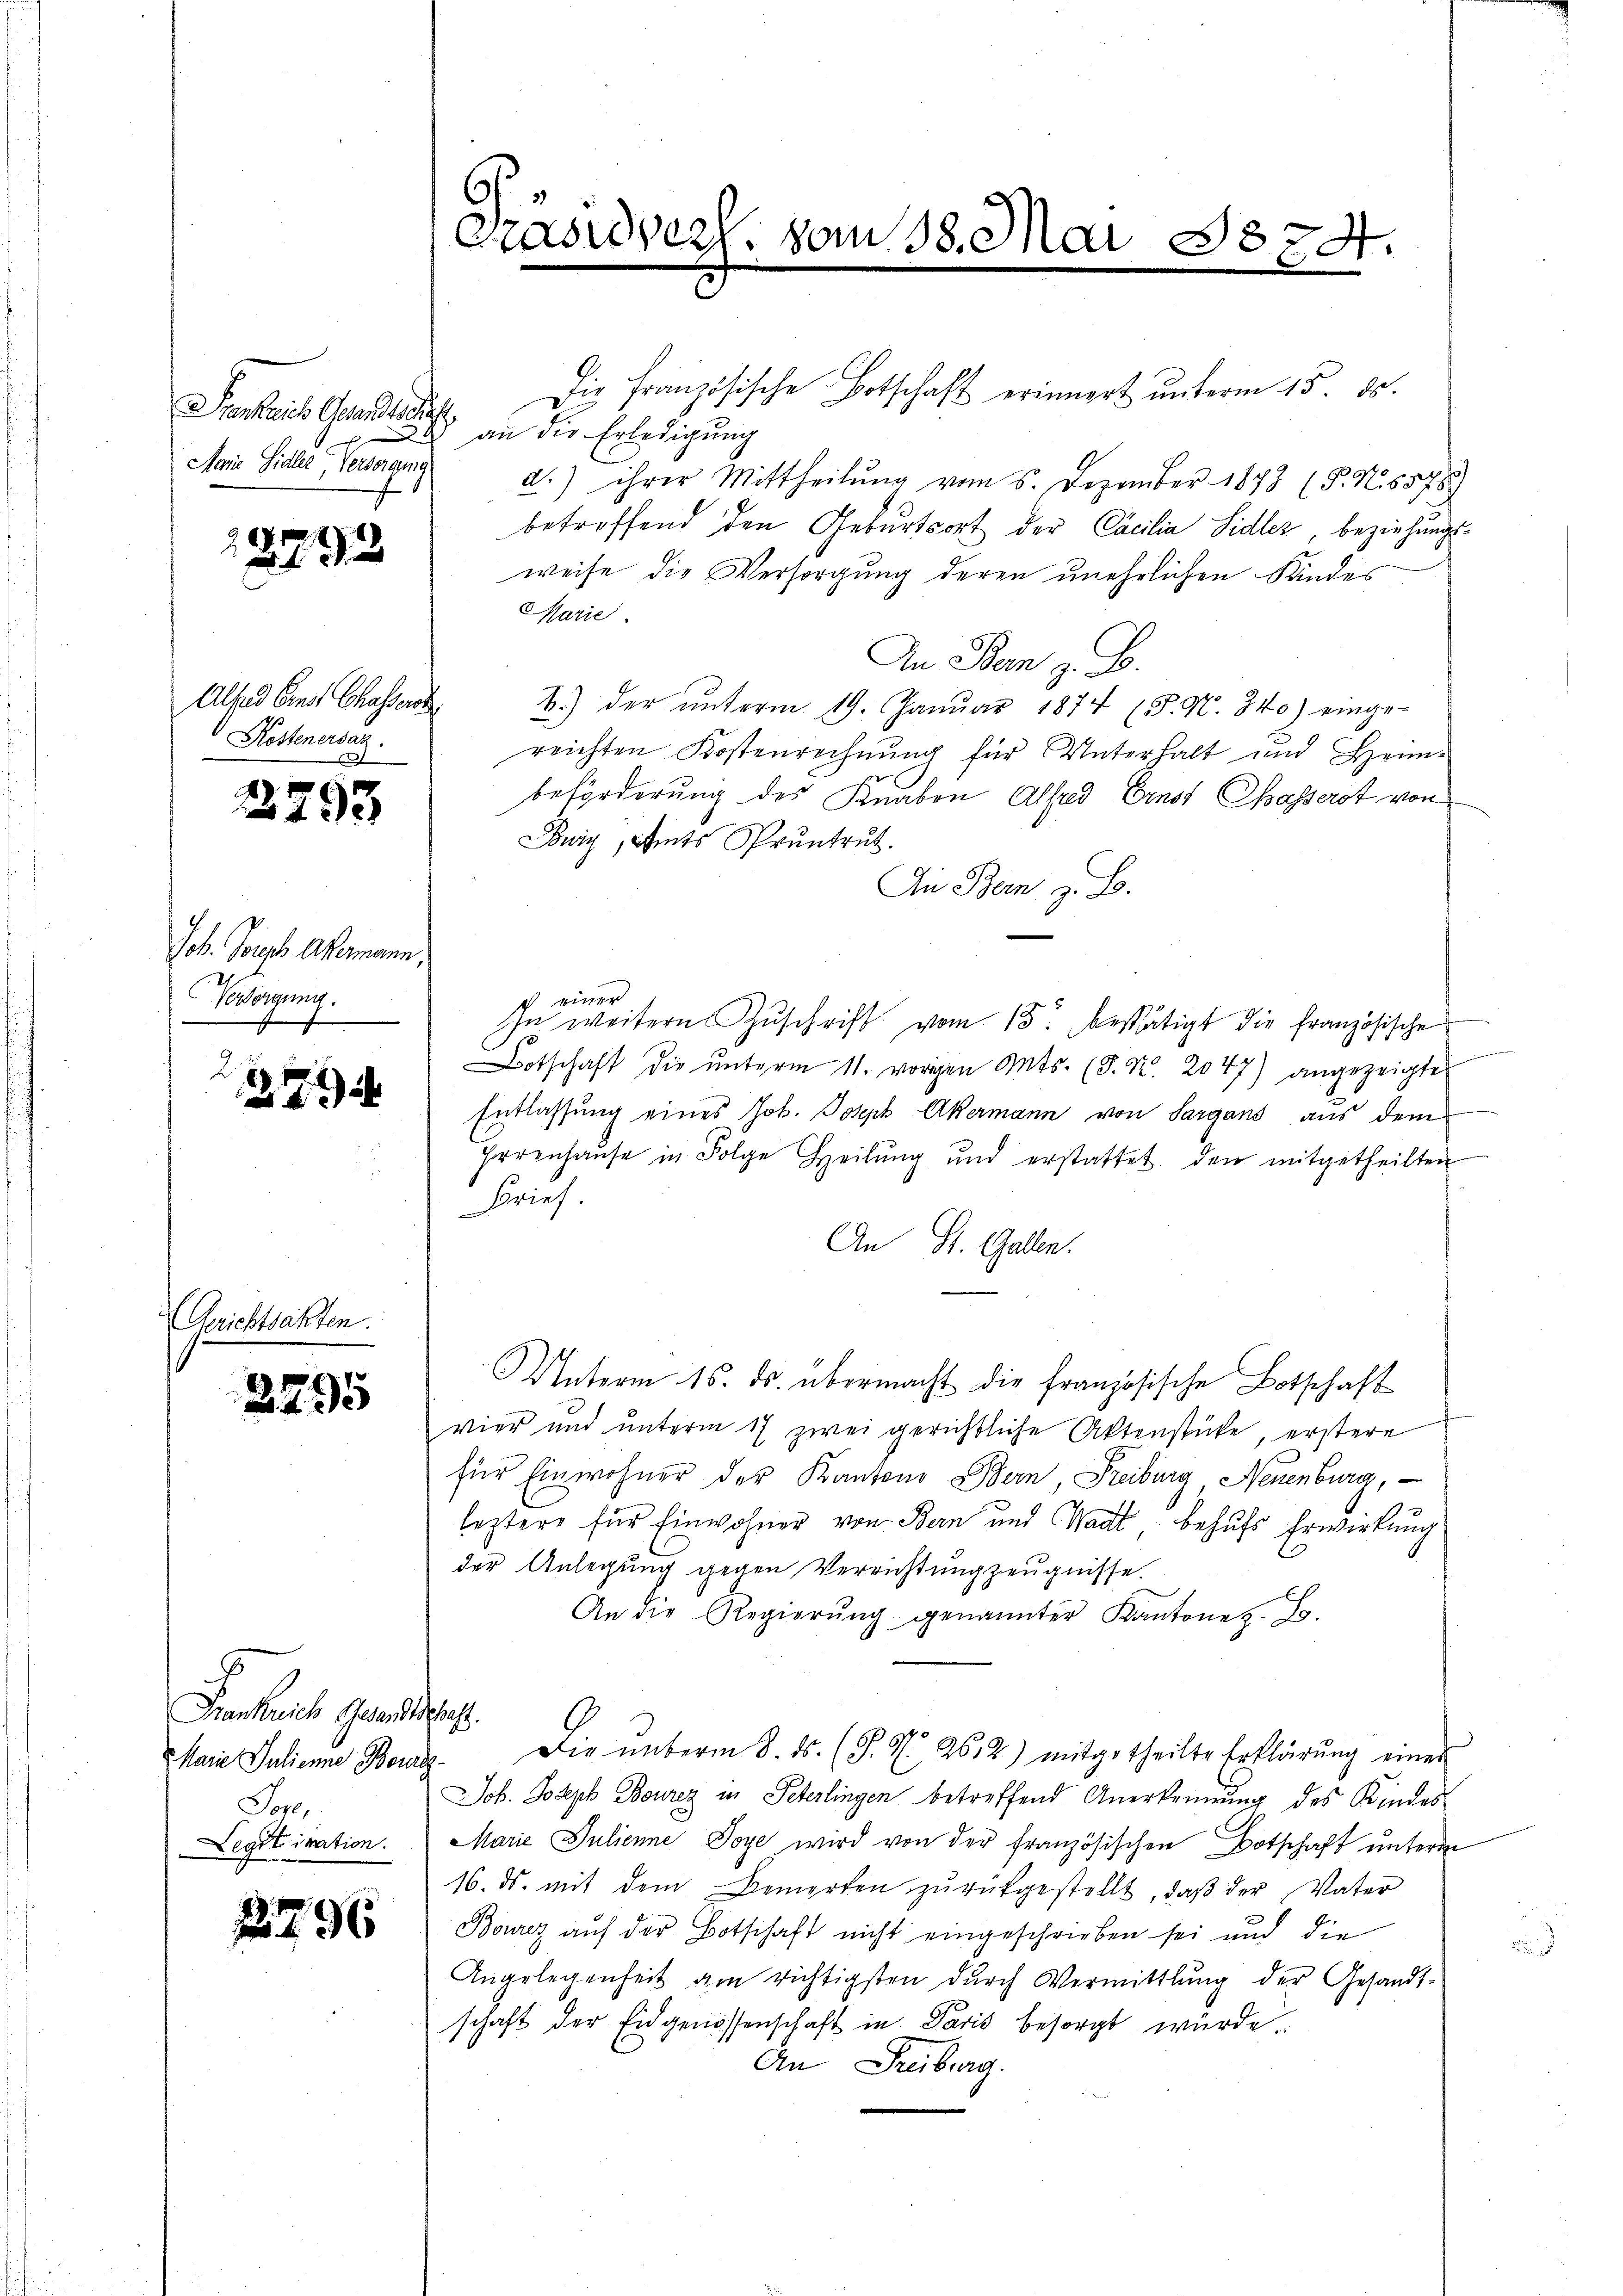
ankait Gesandtschaft,
Mair Sitte, Gemein

12793

Alsund Einst Chasserst
Kostenersaz.
1

2793

Joh. Sorgh Akermann,
Versorgung.
J

7

Gerichtsakten.

225

Frankreich Gesandtschaft.
Marie Julienne Berath
Ton,
Legitimation.

1296

Casvezl. vom 18. Mai

Die Französische Botschaft erinnert unterm 15. ds.
an die Erledigung
d.) ihrer Mittheilŭng vom 6. Dezember 1873 (P. N. 5578)
betroffend den Geburtsort der Cacilia Sidler, beziehungsweise die Versorgung deren unehrlichen Kindes
Marie
An Bern z. B.
B.) der ŭnterm 19. Janŭar 1874 (P. N. 340) einge-
reichten Kostenrechnung für Unterhalt und Heimbeförderung des Knaben Alfred Ernst Chasserst von
Jowiz, Amts Pruntrut.
An Bern z. B.
c einer
In weitern Zŭschrift vom 15. bestätigt die französische
Botschaft die ŭnterm 11. vorigen Ants. (T. N. 2047) angezeigten
Entlassung eines Joh. Joseph Akermann von Sargans aus dem
Hrrenhaŭse in Folge Heilŭng und erstattet, den mitgetheilten
Brief
An St. Gallen.
Unterm 15. ds. übermacht die französische Botschaft
vier und unterm 17 zwei gerichtliche Aktenstücke, erstere
für Einwohner der Kantons Bern Freiburg, Neuenburg,
leztere für Einwohner von Bern und Stadt behufs Erwirkung
der Anlegung gegen Verrichtung zeugnisse.
An die Regierŭng genannter Kantone z. B.
Die unterm 8. ds. (S. S. 26. 2) mitgetheilte Erklärung einer
Job. Joseph Bourez in Peterlingen betreffend Anerkennung des Kindes¬
Marie Julienne Joye wird von der französischen Botschaft unterm
16. ds. mit dem Bemerken zŭrückgestellt, daβ der Vater
Bourez auf der Botschaft nicht eingeschrieben sei und die
Angelegenheit am richtigsten durch Vermittlung der Gesandt-
schaft der Eidgenossenschaft in Paris besorgt wurde.
An Freiburg.

3874.